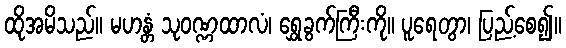
ထိုအမိသည်။ မဟန္တံ သုဝဏ္ဏထာလံ၊ ရွှေခွက်ကြီးကို။ ပူရေတွာ၊ ပြည့်စေ၍။